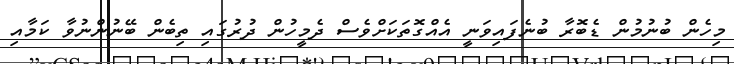
މިހެން ބުނުމުން ޑެބޮރާ ބުނެފައިވަނީ އެއްގޮތަކަށްވެސް ދެމީހުން ދުރުގައި ތިބެން ބޭނުންނުވާ ކަމާއި